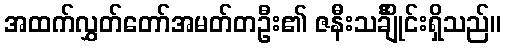
အထက်လွှတ်တော်အမတ်တဦး၏ ဇနီးသင်္ချိုင်းရှိသည်။